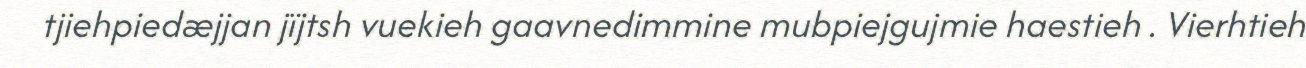
tjiehpiedæjjan jïjtsh vuekieh gaavnedimmine mubpiejgujmie haestieh . Vierhtieh